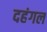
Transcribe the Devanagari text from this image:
दहंगल